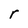
Character: r